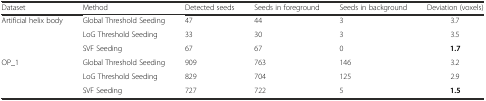
<table><thead><tr><td><b>Dataset</b></td><td><b>Method</b></td><td><b>Detected seeds</b></td><td><b>Seeds in foreground</b></td><td><b>Seeds in background</b></td><td><b>Deviation (voxels)</b></td></tr></thead><tbody><tr><td rowspan="3">Artificial helix body</td><td>Global Threshold Seeding</td><td>47</td><td>44</td><td>3</td><td>3.7</td></tr><tr><td>LoG Threshold Seeding</td><td>33</td><td>30</td><td>3</td><td>3.5</td></tr><tr><td>SVF Seeding</td><td>67</td><td>67</td><td>0</td><td><b>1.7</b></td></tr><tr><td rowspan="3">OP_1</td><td>Global Threshold Seeding</td><td>909</td><td>763</td><td>146</td><td>3.2</td></tr><tr><td>LoG Threshold Seeding</td><td>829</td><td>704</td><td>125</td><td>2.9</td></tr><tr><td>SVF Seeding</td><td>727</td><td>722</td><td>5</td><td><b>1.5</b></td></tr></tbody></table>